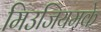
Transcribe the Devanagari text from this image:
मिउजियमके